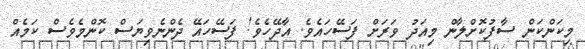
މިކަންކަން ސާފުކޮށްލާން މިއަދު ވަރަށް ފަސޭހައެވެ. އާދޭހެވެ! ފަސޭހައޭ ދެންނެވިޔަސް ކޮންމެވެސް ކަމެއް